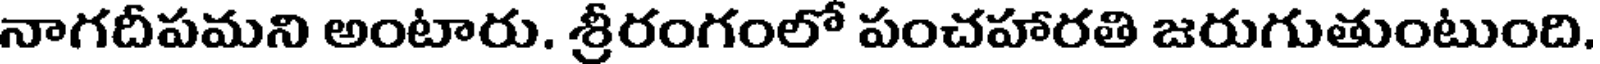
నాగదీపమని అంటారు. శ్రీరంగంలో పంచహారతి జరుగుతుంటుంది